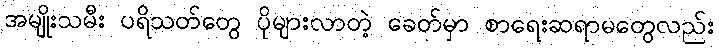
အမျိုးသမီး ပရိသတ်တွေ ပိုများလာတဲ့ ခေတ်မှာ စာရေးဆရာမတွေလည်း